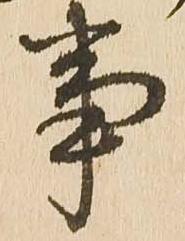
事